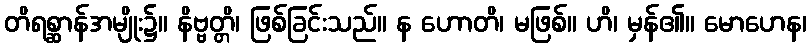
တိရစ္ဆာန်အမျိုး၌။ နိဗ္ဗတ္တိ၊ ဖြစ်ခြင်းသည်။ န ဟောတိ၊ မဖြစ်။ ဟိ၊ မှန်၏။ မောဟေန၊